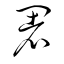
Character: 闍